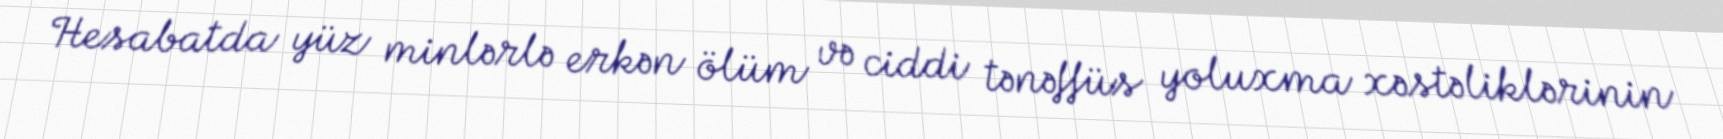
Hesabatda yüz minlərlə erkən ölüm və ciddi tənəffüs yoluxma xəstəliklərinin